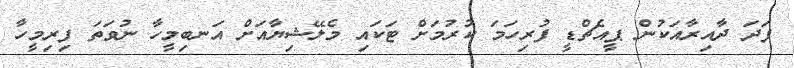
ފަދަ ދާއިރާއަކުން ޕީއެޗްޑީ ފުރިހަމަ ކުރުމަށް ޓަކައި މެލޭޝިޔާއަށް އަނބިމީހާ ނުވަތަ ފިރިމީހާ